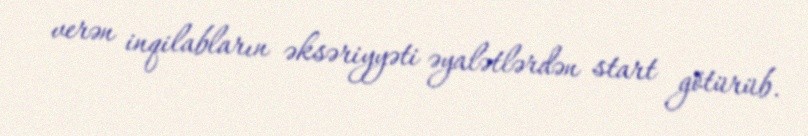
verən inqilabların əksəriyyəti əyalətlərdən start götürüb.